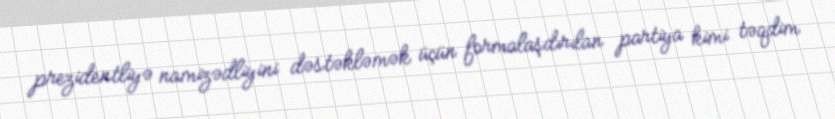
prezidentliyə namizədliyini dəstəkləmək üçün formalaşdırılan partiya kimi təqdim